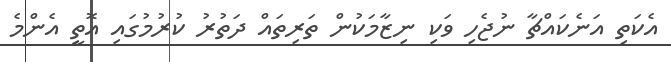
އެކަތި އަނެކައްޗާ ނުޖެހި ވަކި ނިޒާމަކުން ތަރިތައް ދަތުރު ކުރުމުގައި އޮތީ އެންމެ